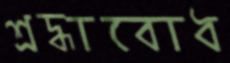
শ্রদ্ধাবোধ